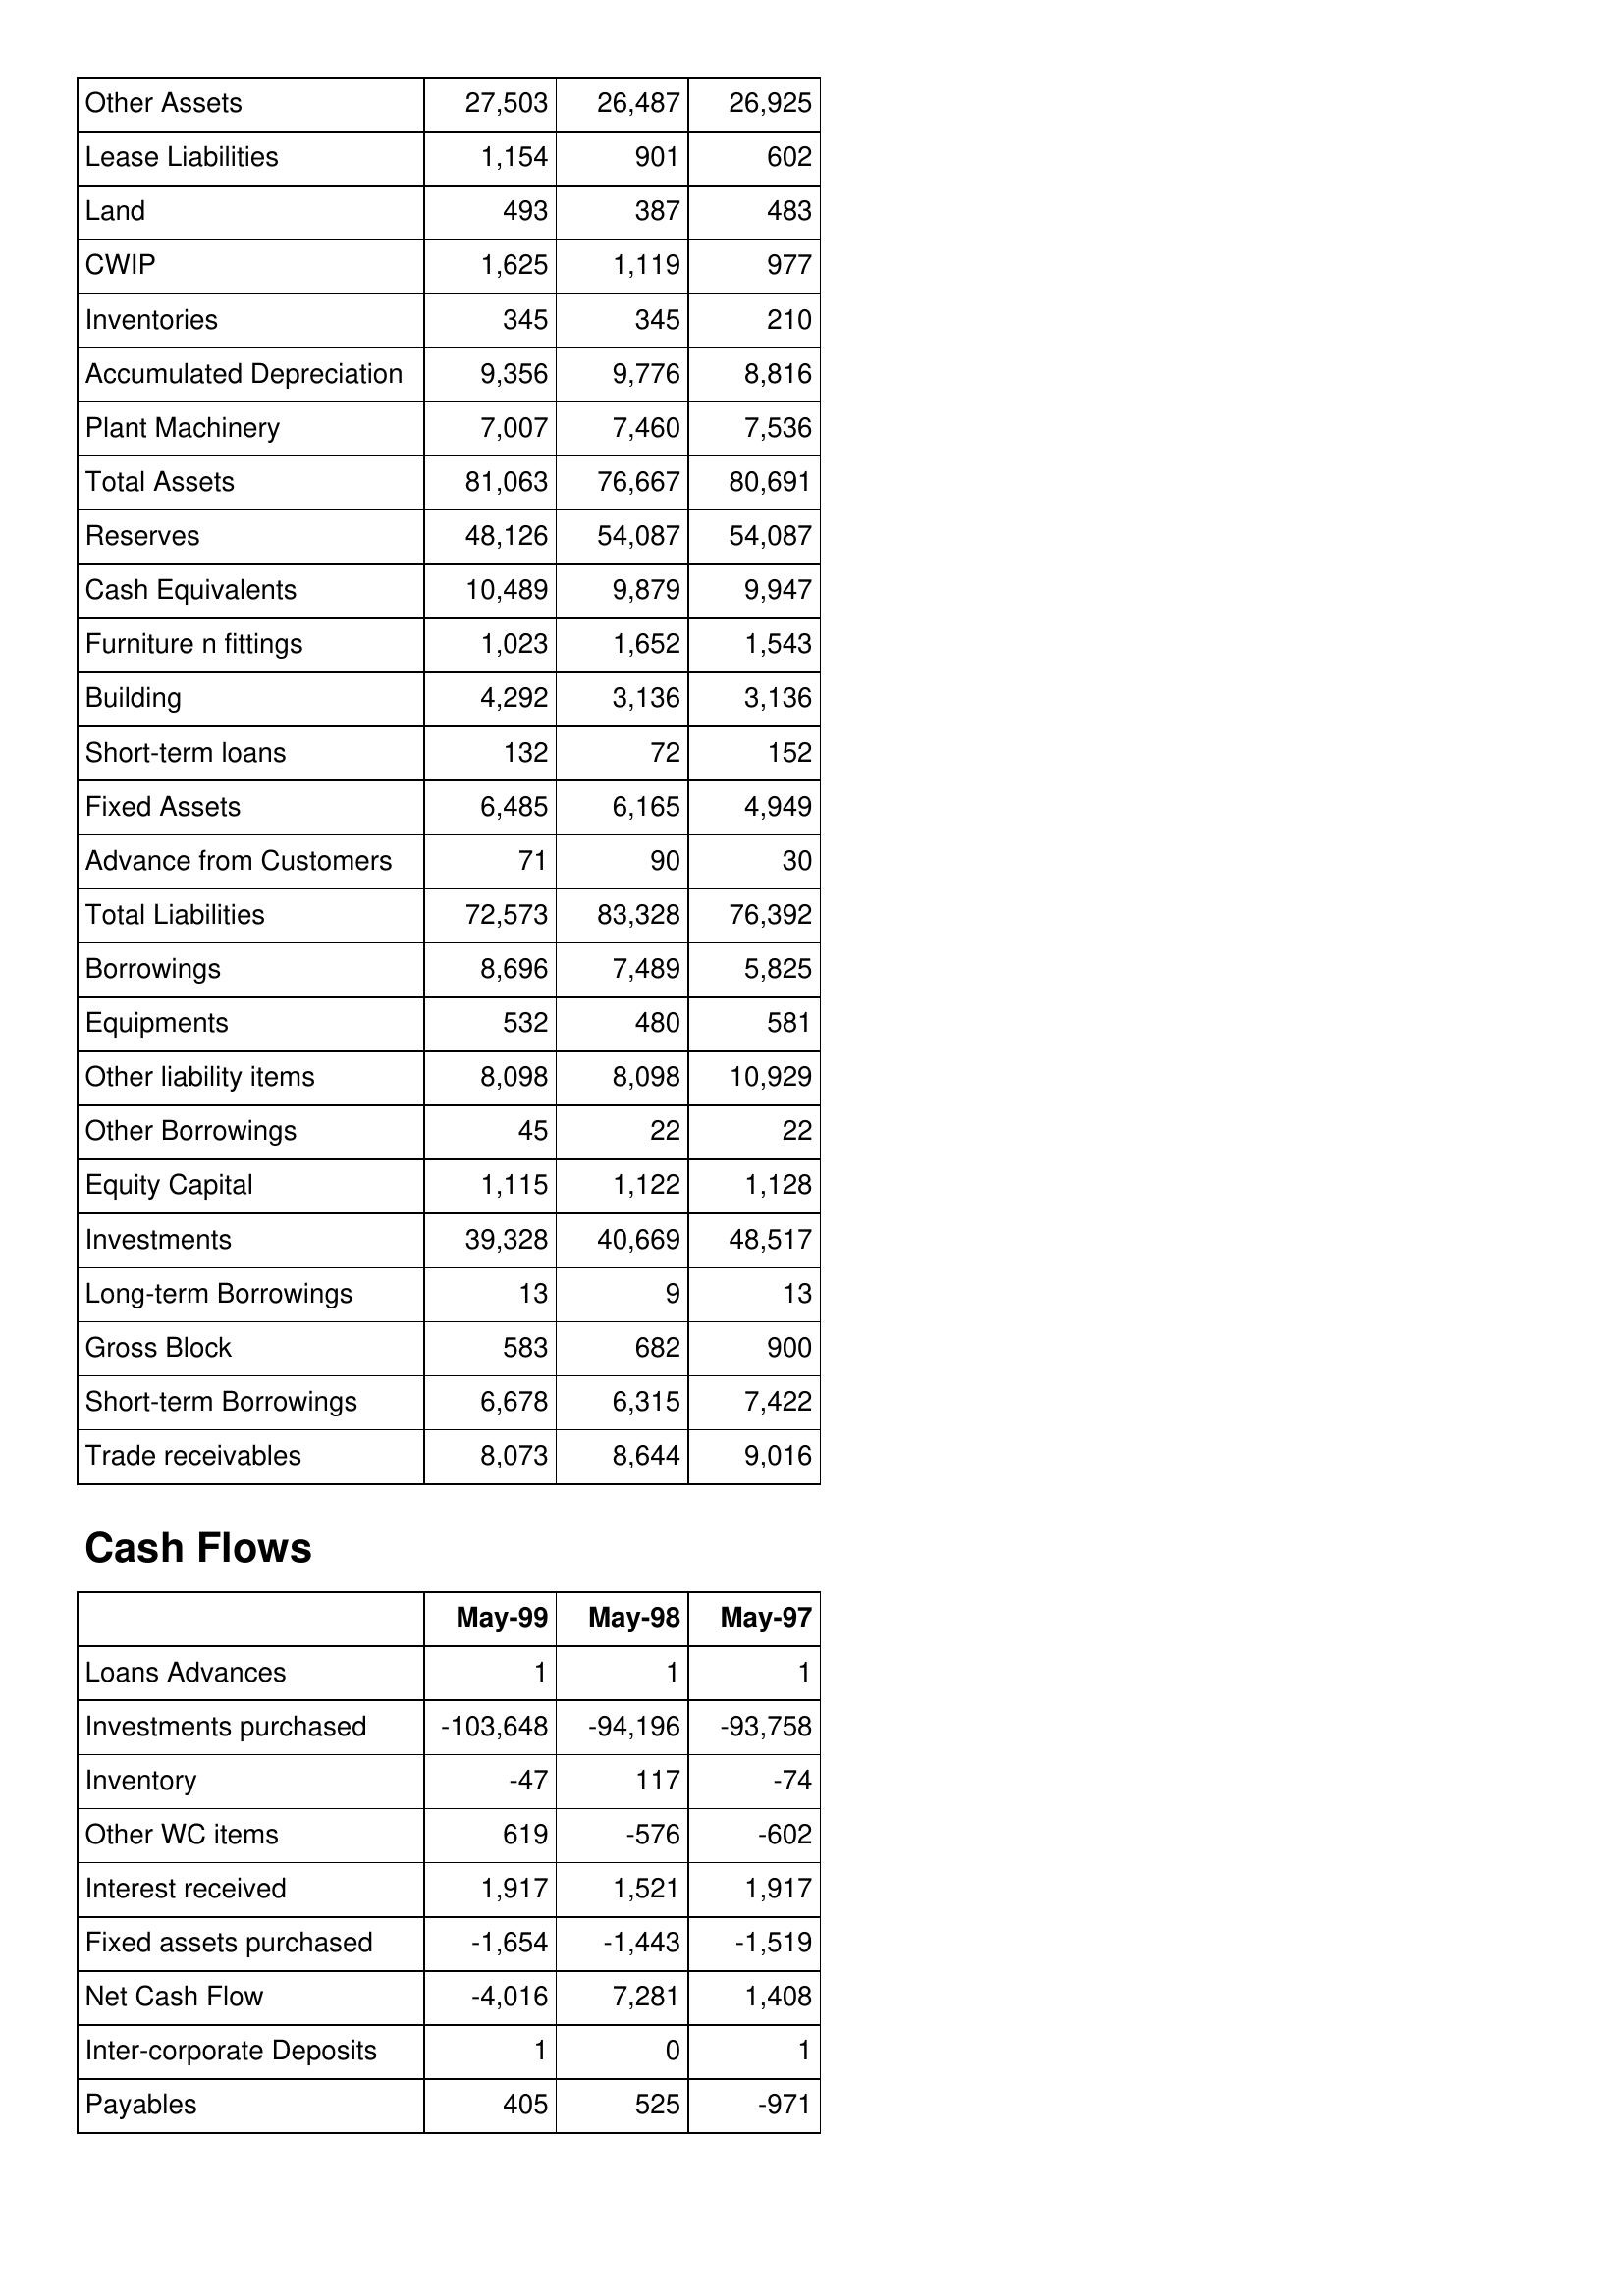
May-99: Balance Sheet: Other Assets: 27,503
Lease Liabilities: 1,154
Land: 493
CWIP: 1,625
Inventories: 345
Accumulated Depreciation: 9,356
Plant Machinery: 7,007
Total Assets: 81,063
Reserves: 48,126
Cash Equivalents: 10,489
Furniture n fittings: 1,023
Building: 4,292
Short-term loans: 132
Fixed Assets: 6,485
Advance from Customers: 71
Total Liabilities: 72,573
Borrowings: 8,696
Equipments: 532
Other liability items: 8,098
Other Borrowings: 45
Equity Capital: 1,115
Investments: 39,328
Long-term Borrowings: 13
Gross Block: 583
Short-term Borrowings: 6,678
Trade receivables: 8,073
Cash Flows: Loans Advances: 1
Investments purchased: -103,648
Inventory: -47
Other WC items: 619
Interest received: 1,917
Fixed assets purchased: -1,654
Net Cash Flow: -4,016
Inter-corporate Deposits: 1
Payables: 405
May-98: Balance Sheet: Other Assets: 26,487
Lease Liabilities: 901
Land: 387
CWIP: 1,119
Inventories: 345
Accumulated Depreciation: 9,776
Plant Machinery: 7,460
Total Assets: 76,667
Reserves: 54,087
Cash Equivalents: 9,879
Furniture n fittings: 1,652
Building: 3,136
Short-term loans: 72
Fixed Assets: 6,165
Advance from Customers: 90
Total Liabilities: 83,328
Borrowings: 7,489
Equipments: 480
Other liability items: 8,098
Other Borrowings: 22
Equity Capital: 1,122
Investments: 40,669
Long-term Borrowings: 9
Gross Block: 682
Short-term Borrowings: 6,315
Trade receivables: 8,644
Cash Flows: Loans Advances: 1
Investments purchased: -94,196
Inventory: 117
Other WC items: -576
Interest received: 1,521
Fixed assets purchased: -1,443
Net Cash Flow: 7,281
Inter-corporate Deposits: 0
Payables: 525
May-97: Balance Sheet: Other Assets: 26,925
Lease Liabilities: 602
Land: 483
CWIP: 977
Inventories: 210
Accumulated Depreciation: 8,816
Plant Machinery: 7,536
Total Assets: 80,691
Reserves: 54,087
Cash Equivalents: 9,947
Furniture n fittings: 1,543
Building: 3,136
Short-term loans: 152
Fixed Assets: 4,949
Advance from Customers: 30
Total Liabilities: 76,392
Borrowings: 5,825
Equipments: 581
Other liability items: 10,929
Other Borrowings: 22
Equity Capital: 1,128
Investments: 48,517
Long-term Borrowings: 13
Gross Block: 900
Short-term Borrowings: 7,422
Trade receivables: 9,016
Cash Flows: Loans Advances: 1
Investments purchased: -93,758
Inventory: -74
Other WC items: -602
Interest received: 1,917
Fixed assets purchased: -1,519
Net Cash Flow: 1,408
Inter-corporate Deposits: 1
Payables: -971